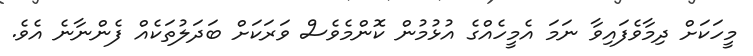
މީހަކަށް ދިމާވެފައިވާ ނަމަ އެމީހެއްގެ އުޅުމުން ކޮންމެވެސް ވަރަކަށް ބަދަލުތަކެއް ފެންނާނެ އެވެ.